Lunatic asylums Bombay report 1891-1903 - 1891-1903
Year: 1891
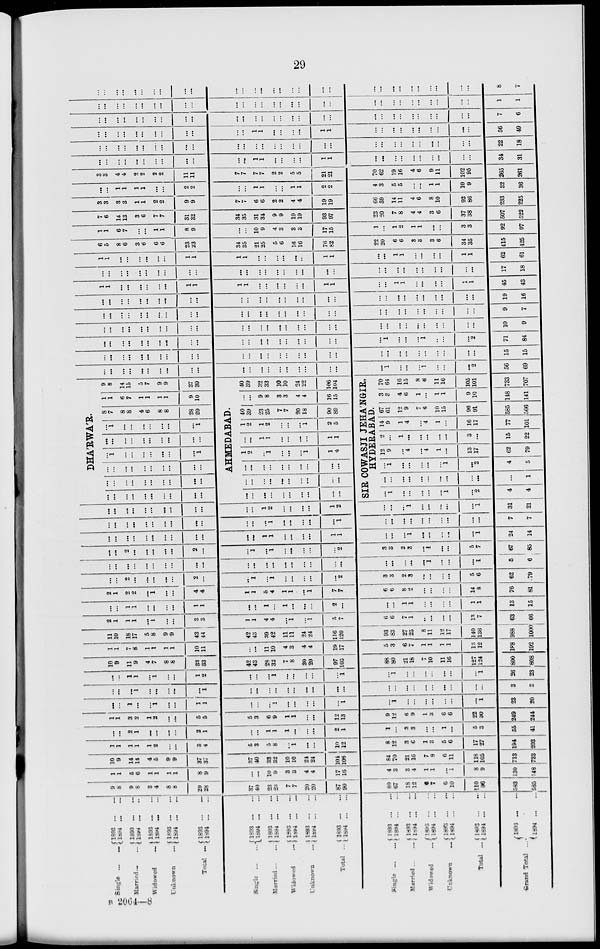
29
Single ... ...
Married ... ...
Widowed ...
Unknown ...
Total ...
Single
...
...
Married
...
...
Widowed
...
Unknown
...
Total ...
Single
...
...
Married
...
...
Widowed
...
Unknown
...
Total ...
Grand Total
...
1893 ... ...
1894
...
...
1893
...
...
1894
...
...
1893
...
...
1894 ... ...
1893
...
...
1894
...
...
1893
...
...
1894
...
...
1893 ... ...
1894 ... ...
1893
...
...
1894
...
...
1893
...
...
1894
...
...
1893
...
...
1894
...
...
1893
...
...
1894
...
...
1893
...
...
1894
...
...
1893
...
...
1894
...
...
1893
...
...
1894
...
...
1893
...
...
1894
...
...
1893
...
...
1894 ... ...
1893
...
...
1894
...
...
9
8
9
8
3
4
8
8
29
28
37
40
23
23
7
7
20
20
87
90
80
67
18
12
6
7
6
10
110
96
583
585
1
1
5
6
1
1
1
1
8
9
...
...
10
9
3
3
4
4
17
16
4
3
3
4
1
1
...
1
8
9
30
48
10
9
14
14
4
5
9
9
37
37
37
40
33
32
10
10
24
24
104
106
84
70
21
10
7
8
6
11
118
105
713
733
1
1
1
1
1
2
...
...
3
4
5
3
5
8
...
1
...
...
10
12
8
12
3
6
1
3
5
6
17
27
194
203
...
...
2
1
...
...
...
...
2
1
...
...
1
1
1
...
...
...
2
1
1
...
3
3
...
...
1
...
5
3
55
41
1
1
3
2
1
2
...
...
5
5
5
3
6
9
1
1
...
...
12
13
9
12
6
9
1
3
6
6
22
30
249
244
...
...
1
...
...
1
...
...
1
1
...
...
...
1
...
...
...
...
...
1
...
1
...
...
...
...
...
...
...
1
23
20
...
...
...
1
...
...
...
...
...
1
...
...
...
...
...
...
...
...
...
...
...
...
...
...
...
...
...
...
...
...
3
3
...
...
1
1
...
1
...
...
1
2
...
...
...
1
...
...
...
...
...
1
...
1
...
...
...
...
...
...
...
1
26
23
10
9
11
9
4
7
8
8
33
33
42
43
28
32
7
8
20
20
97
103
88
80
21
18
7
10
11
16
127
124
800
808
1
1
7
8
1
1
1
1
10
11
...
...
11
10
4
3
4
4
19
17
5
3
6
7
1
1
1
1
13
12
188
192
11
10
18
17
5
8
9
9
43
44
42
43
39
42
11
11
24
24
116
120
93
83
27
25
8
11
12
17
140
136
988
1000
2
1
1
1
...
1
...
...
3
3
1
1
4
4
...
1
...
1
5
7
6
6
7
1
...
...
...
...
13
7
63
66
...
...
1
1
...
...
...
...
1
1
...
...
1
...
1
...
...
...
2
...
...
...
1
1
...
...
...
...
1
1
13
15
2
1
2
2
...
1
...
...
4
4
1
1
5
4
1
1
...
1
7
7
6
6
8
2
...
...
...
...
14
8
76
81
...
...
2
...
...
...
...
...
2
...
...
1
...
1
...
...
...
...
...
2
3
3
2
3
...
...
...
...
5
6
62
79
...
...
...
...
...
...
...
...
...
...
...
...
...
...
...
...
...
...
...
...
...
...
...
...
...
1
...
...
...
1
5
6
...
...
2
...
...
...
...
...
2
...
...
1
...
1
...
...
...
...
...
2
3
3
2
3
...
1
...
...
5
7
67
85
...
...
...
...
...
...
...
...
...
...
...
...
1
1
...
...
...
...
1
1
...
...
...
1
...
...
...
...
...
1
24
14
...
...
...
...
...
...
...
...
...
...
...
...
...
1
...
...
...
...
...
1
...
...
...
...
...
...
...
...
...
...
7
7
...
...
...
...
...
...
...
...
...
...
...
...
1
2
...
...
...
...
1
2
...
...
...
1
...
...
...
...
...
1
31
21
DHA'RWA'R.
...
...
...
...
...
...
...
...
...
...
...
...
...
...
...
...
...
...
...
...
...
...
...
...
...
...
...
...
...
...
...
1
...
...
...
...
...
...
...
1
...
...
...
...
...
...
...
...
...
...
...
1
...
...
...
...
...
...
...
1
8
7
8
8
4
6
8
8
28
29
1
1
6
7
1
1
1
1
9
10
9
8
14
15
5
7
9
9
37
39
AHMEDABAD.
...
...
...
...
...
...
...
...
...
...
...
...
...
...
...
...
...
...
...
...
...
...
...
...
...
...
...
...
...
...
1
2
...
1
...
...
...
1
1
4
...
...
1
1
...
...
...
...
1
1
1
2
1
2
...
...
...
1
2
5
40
39
23
25
7
7
20
18
90
89
...
...
9
8
3
3
4
4
16
15
40
39
32
33
10
10
24
22
106
104
SIR COWASJI JEHA'NGIR,
HYDERABAD.
...
1
...
...
...
...
...
1
...
2
4
4
...
...
...
...
...
...
...
...
...
...
...
1
...
1
...
...
...
...
...
1
...
2
4
5
12
9
...
4
...
4
1
...
13
17
62
79
2
...
1
...
...
...
...
...
3
...
15
22
14
9
1
4
...
4
1
...
16
17
77
101
67
61
12
9
7
6
10
15
96
91
585
566
3
3
4
6
1
...
1
1
9
10
148
141
70
64
16
15
8
6
11
16
105
101
733
707
...
...
...
...
...
...
...
...
...
...
...
...
...
...
...
...
...
...
...
...
...
1
...
...
...
1
...
...
...
2
56
69
...
...
...
...
...
...
...
...
...
...
...
...
...
...
...
...
...
...
...
...
...
...
...
...
...
...
...
...
...
...
15
15
...
...
...
...
...
...
...
...
...
...
...
...
...
...
...
...
...
...
...
...
...
1
...
...
...
1
...
...
...
2
71
84
...
...
...
...
...
...
...
...
...
...
...
...
...
...
...
...
...
...
...
...
...
...
...
...
...
...
...
...
...
...
10
9
...
...
...
...
...
...
...
...
...
...
...
...
...
...
...
...
...
...
...
...
...
...
...
...
...
...
...
...
...
...
9
7
...
...
...
...
...
...
...
...
...
...
...
...
...
...
...
...
...
...
...
...
...
...
...
...
...
...
...
...
...
...
19
16
1
1
...
...
...
...
...
...
1
1
1
1
...
...
...
...
...
...
1
1
...
...
1
1
...
...
...
...
...
1
45
43
...
...
...
...
...
...
...
...
...
...
...
...
...
...
...
...
...
...
...
...
...
...
...
...
...
...
...
...
...
...
17
18
1
1
...
...
...
...
...
...
1
1
1
1
...
...
...
...
...
...
1
1
...
...
1
1
...
...
...
...
1
1
62
61
6
5
8
6
3
6
6
6
23
23
34
35
21
25
5
6
16
16
76
82
22
20
6
6
3
3
3
6
34
35
115
125
1
1
6
7
...
...
1
1
8
9
...
...
10
9
4
3
3
3
17
15
1
...
1
2
1
1
...
...
3
3
92
97
7
6
14
13
3
6
7
7
31
32
34
35
31
34
9
9
19
19
93
97
23
20
7
8
4
4
3
6
37
38
507
522
3
3
3
3
1
1
2
2
9
9
7
7
6
6
2
2
4
4
19
19
66
59
14
11
4
6
8
10
92
86
233
225
...
...
1
1
1
1
...
...
2
2
...
...
1
1
...
...
1
1
2
2
4
3
5
5
...
...
1
1
10
9
32
36
3
3
4
4
2
2
2
2
11
11
7
7
7
7
2
2
5
5
21
21
70
62
19
16
4
6
9
11
102
95
365
261
...
...
...
...
...
...
...
...
...
...
...
...
1
1
...
...
...
...
1
1
...
...
...
...
...
...
...
...
...
...
34
31
...
...
...
...
...
...
...
...
...
...
...
...
...
...
...
...
...
...
...
...
...
...
...
...
...
...
...
...
...
...
22
18
...
...
...
...
...
...
...
...
...
...
...
...
1
1
...
...
...
...
1
1
...
...
...
...
...
...
...
...
...
...
56
49
...
...
...
...
...
...
...
...
...
...
...
...
...
...
...
...
...
...
...
...
...
...
...
...
...
...
...
...
...
...
7
6
...
...
...
...
...
...
...
...
...
...
...
...
...
...
...
...
...
...
...
...
...
...
...
...
...
...
...
...
...
...
1
1
...
...
...
...
...
...
...
...
...
...
...
...
...
...
...
...
...
...
...
...
...
...
...
...
...
...
...
...
...
...
8
7
B 2064—8